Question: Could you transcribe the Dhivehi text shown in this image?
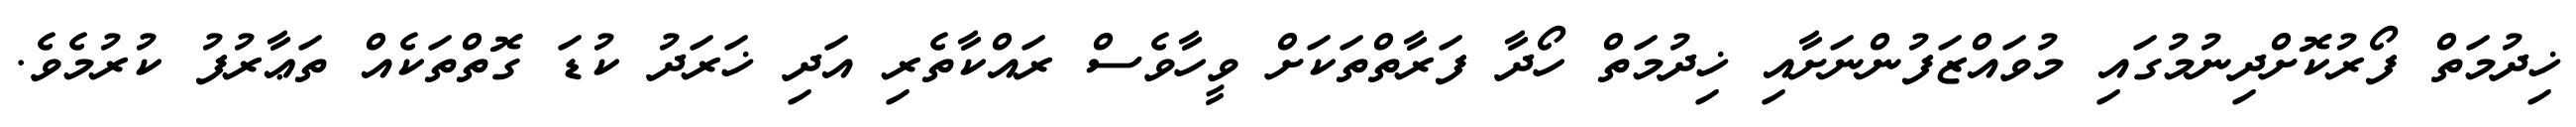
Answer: ޚިދުމަތް ފޯރުކޮށްދިނުމުގައި މުވައްޒަފުންނަށާއި ޚިދުމަތް ހޯދާ ފަރާތްތަކަށް ވީހާވެސް ރައްކާތެރި އަދި ޚަރަދު ކުޑަ ގޮތްތަކެއް ތަޢާރުފު ކުރުމެވެ.